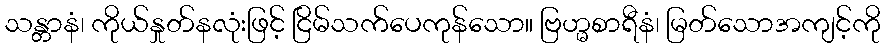
သန္တာနံ၊ ကိုယ်နှုတ်နလုံးဖြင့် ငြိမ်သက်ပေကုန်သော။ ဗြဟ္မစာရီနံ၊ မြတ်သောအကျင့်ကို